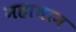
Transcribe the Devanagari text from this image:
महाधान